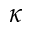
\kappa